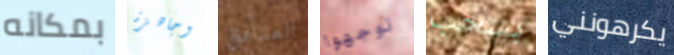
بمكانه وجاهزة المتأنق توجهوا بسحب يكرهونني